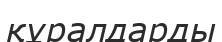
құралдарды